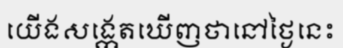
យើងសង្កេតឃើញថានៅថ្ងៃនេះ